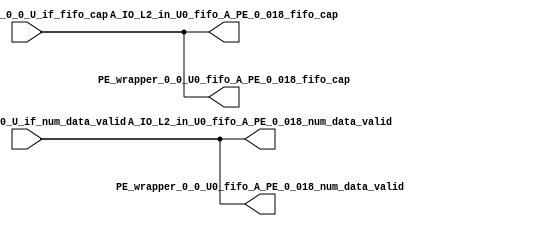
// ==================================================
// RTL generated by RapidStream
//
// Copyright 2024 RapidStream Design Automation, Inc.
// All Rights Reserved.
// ==================================================
`timescale 1 ns / 1 ps
module __rs_kernel3_aux_split_aux_26 #(
    parameter C_S_AXI_CONTROL_DATA_WIDTH  = 32,
    parameter C_S_AXI_CONTROL_ADDR_WIDTH  = 6,
    parameter C_S_AXI_DATA_WIDTH          = 32,
    parameter C_M_AXI_GMEM_A_ID_WIDTH     = 1,
    parameter C_M_AXI_GMEM_A_ADDR_WIDTH   = 64,
    parameter C_M_AXI_GMEM_A_DATA_WIDTH   = 512,
    parameter C_M_AXI_GMEM_A_AWUSER_WIDTH = 1,
    parameter C_M_AXI_GMEM_A_ARUSER_WIDTH = 1,
    parameter C_M_AXI_GMEM_A_WUSER_WIDTH  = 1,
    parameter C_M_AXI_GMEM_A_RUSER_WIDTH  = 1,
    parameter C_M_AXI_GMEM_A_BUSER_WIDTH  = 1,
    parameter C_M_AXI_GMEM_A_USER_VALUE   = 0,
    parameter C_M_AXI_GMEM_A_PROT_VALUE   = 0,
    parameter C_M_AXI_GMEM_A_CACHE_VALUE  = 3,
    parameter C_M_AXI_DATA_WIDTH          = 32,
    parameter C_M_AXI_GMEM_B_ID_WIDTH     = 1,
    parameter C_M_AXI_GMEM_B_ADDR_WIDTH   = 64,
    parameter C_M_AXI_GMEM_B_DATA_WIDTH   = 512,
    parameter C_M_AXI_GMEM_B_AWUSER_WIDTH = 1,
    parameter C_M_AXI_GMEM_B_ARUSER_WIDTH = 1,
    parameter C_M_AXI_GMEM_B_WUSER_WIDTH  = 1,
    parameter C_M_AXI_GMEM_B_RUSER_WIDTH  = 1,
    parameter C_M_AXI_GMEM_B_BUSER_WIDTH  = 1,
    parameter C_M_AXI_GMEM_B_USER_VALUE   = 0,
    parameter C_M_AXI_GMEM_B_PROT_VALUE   = 0,
    parameter C_M_AXI_GMEM_B_CACHE_VALUE  = 3,
    parameter C_M_AXI_GMEM_C_ID_WIDTH     = 1,
    parameter C_M_AXI_GMEM_C_ADDR_WIDTH   = 64,
    parameter C_M_AXI_GMEM_C_DATA_WIDTH   = 512,
    parameter C_M_AXI_GMEM_C_AWUSER_WIDTH = 1,
    parameter C_M_AXI_GMEM_C_ARUSER_WIDTH = 1,
    parameter C_M_AXI_GMEM_C_WUSER_WIDTH  = 1,
    parameter C_M_AXI_GMEM_C_RUSER_WIDTH  = 1,
    parameter C_M_AXI_GMEM_C_BUSER_WIDTH  = 1,
    parameter C_M_AXI_GMEM_C_USER_VALUE   = 0,
    parameter C_M_AXI_GMEM_C_PROT_VALUE   = 0,
    parameter C_M_AXI_GMEM_C_CACHE_VALUE  = 3,
    parameter C_S_AXI_CONTROL_WSTRB_WIDTH = 4,
    parameter C_S_AXI_WSTRB_WIDTH         = 4,
    parameter C_M_AXI_GMEM_A_WSTRB_WIDTH  = 64,
    parameter C_M_AXI_WSTRB_WIDTH         = 4,
    parameter C_M_AXI_GMEM_B_WSTRB_WIDTH  = 64,
    parameter C_M_AXI_GMEM_C_WSTRB_WIDTH  = 64
) (
    output wire [1:0] A_IO_L2_in_U0_fifo_A_PE_0_018_fifo_cap,
    output wire [1:0] A_IO_L2_in_U0_fifo_A_PE_0_018_num_data_valid,
    output wire [1:0] PE_wrapper_0_0_U0_fifo_A_PE_0_018_fifo_cap,
    output wire [1:0] PE_wrapper_0_0_U0_fifo_A_PE_0_018_num_data_valid,
    input wire  [1:0] fifo_A_PE_0_0_U_if_fifo_cap,
    input wire  [1:0] fifo_A_PE_0_0_U_if_num_data_valid
);
assign A_IO_L2_in_U0_fifo_A_PE_0_018_fifo_cap = fifo_A_PE_0_0_U_if_fifo_cap;
assign A_IO_L2_in_U0_fifo_A_PE_0_018_num_data_valid = fifo_A_PE_0_0_U_if_num_data_valid;
assign PE_wrapper_0_0_U0_fifo_A_PE_0_018_fifo_cap = fifo_A_PE_0_0_U_if_fifo_cap;
assign PE_wrapper_0_0_U0_fifo_A_PE_0_018_num_data_valid = fifo_A_PE_0_0_U_if_num_data_valid;
endmodule